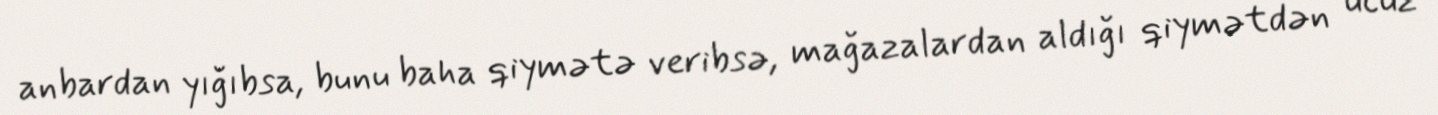
anbardan yığıbsa, bunu baha qiymətə veribsə, mağazalardan aldığı qiymətdən ucuz